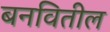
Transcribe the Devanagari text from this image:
बनवितील